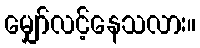
မျှော်လင့်နေသလား။